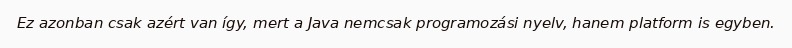
Ez azonban csak azért van így, mert a Java nemcsak programozási nyelv, hanem platform is egyben.